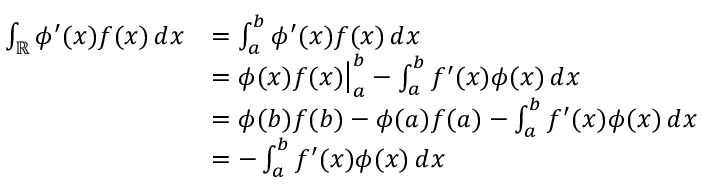
{ \begin{array} { r l } { \int _ { \mathbb { R } } \phi ^ { \prime } ( x ) f ( x ) \, d x } & { = \int _ { a } ^ { b } \phi ^ { \prime } ( x ) f ( x ) \, d x } \\ & { = \phi ( x ) f ( x ) { \big \vert } _ { a } ^ { b } - \int _ { a } ^ { b } f ^ { \prime } ( x ) \phi ( x ) \, d x } \\ & { = \phi ( b ) f ( b ) - \phi ( a ) f ( a ) - \int _ { a } ^ { b } f ^ { \prime } ( x ) \phi ( x ) \, d x } \\ & { = - \int _ { a } ^ { b } f ^ { \prime } ( x ) \phi ( x ) \, d x } \end{array} }